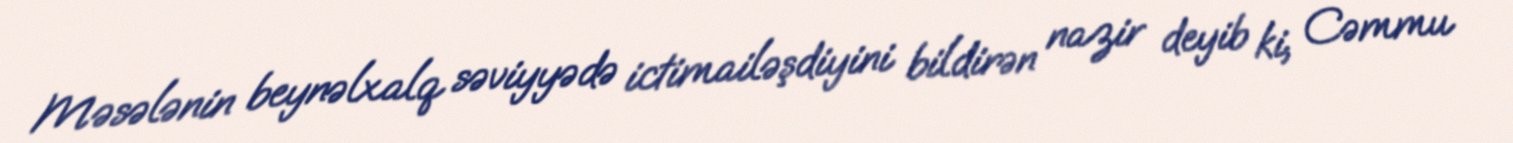
Məsələnin beynəlxalq səviyyədə ictimailəşdiyini bildirən nazir deyib ki, Cəmmu